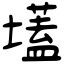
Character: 壒